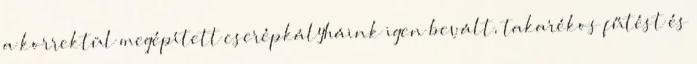
a korrektül megépített cserépkályháink igen bevált, takarékos fűtést és